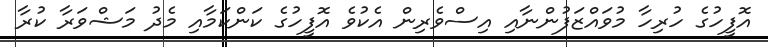
އޮފީހުގެ ހުރިހާ މުވައްޒަފުންނާއި އިސްވެރިން އެކުވެ އޮފީހުގެ ކަންކަމާއި މެދު މަޝްވަރާ ކުރާ